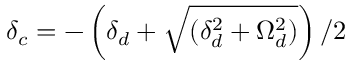
\delta _ { c } = - \left( \delta _ { d } + \sqrt { ( \delta _ { d } ^ { 2 } + \Omega _ { d } ^ { 2 } ) } \right) / 2